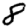
Digit: 8